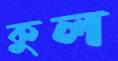
কুল